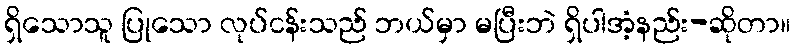
ရှိသောသူ ပြုသော လုပ်ငန်းသည် ဘယ်မှာ မပြီးဘဲ ရှိပါအံ့နည်း-ဆိုတာ။